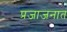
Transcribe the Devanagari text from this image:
प्रजाजनात